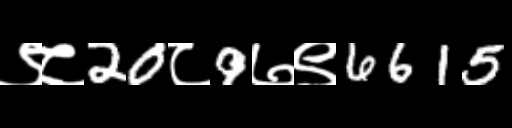
Text: ९८20८9७९6615